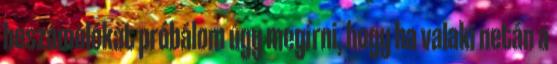
beszámolókat próbálom úgy megírni, hogy ha valaki netán a